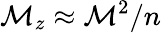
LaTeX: \mathcal{M}_{z}\approx\mathcal{M}^{2}/n